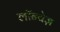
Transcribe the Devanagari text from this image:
लॉन्चेज़